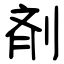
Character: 剤